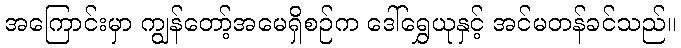
အကြောင်းမှာ ကျွန်တော့်အမေရှိစဉ်က ဒေါ်ရွှေယုနှင့် အင်မတန်ခင်သည်။